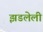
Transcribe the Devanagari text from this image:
झडलेली